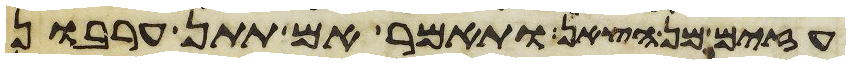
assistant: עזים מן הצאן ותאמר אם תתן ערבון